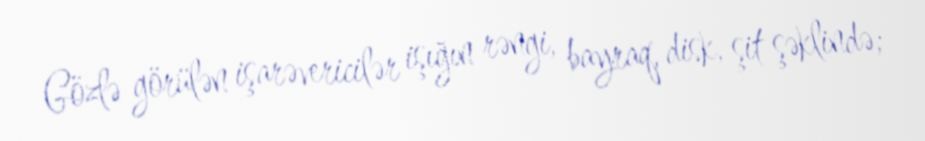
Gözlə görülən işarəvericilər işığın rəngi, bayraq, disk, şit şəklində;